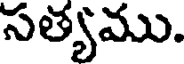
సత్యము.